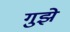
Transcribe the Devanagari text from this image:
गुझे